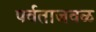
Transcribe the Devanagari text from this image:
पर्वताजवळ